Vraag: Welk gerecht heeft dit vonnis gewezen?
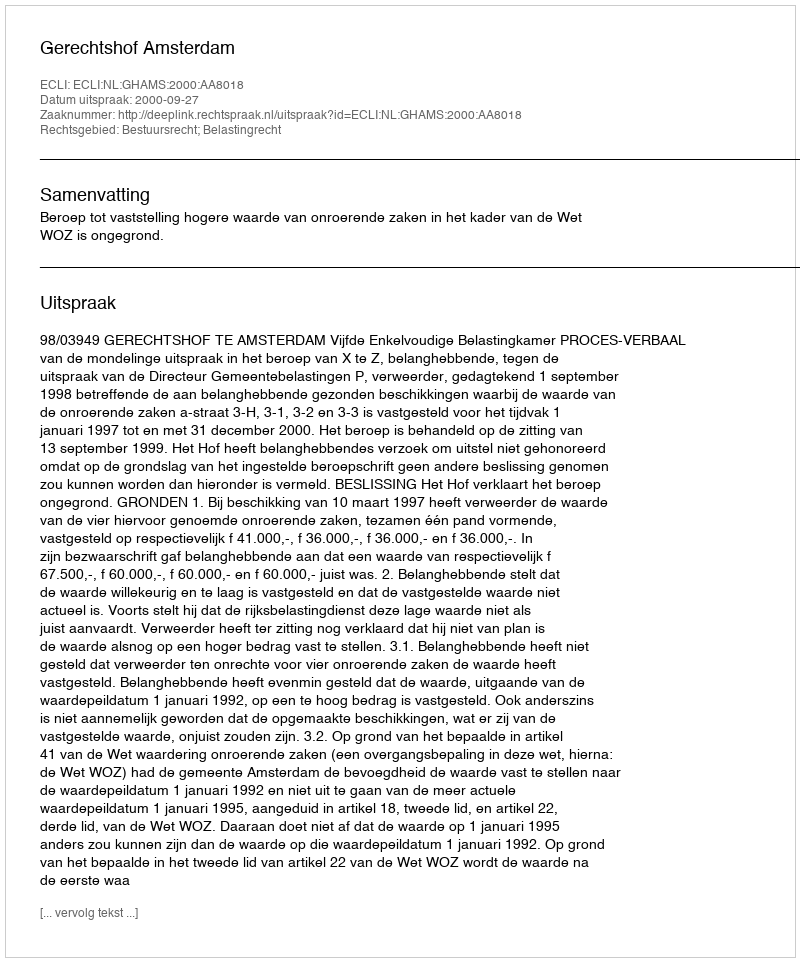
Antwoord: Gerechtshof Amsterdam